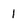
Character: 1